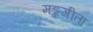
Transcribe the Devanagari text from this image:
मङ्कगीता